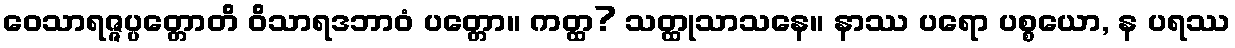
ဝေသာရဇ္ဇပ္ပတ္တောတိ ဝိသာရဒဘာဝံ ပတ္တော။ ကတ္ထ? သတ္ထုသာသနေ။ နာဿ ပရော ပစ္စယော, န ပရဿ